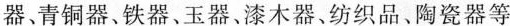
器、青铜器、铁器、玉器、漆木器、纺织品、陶瓷器等